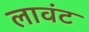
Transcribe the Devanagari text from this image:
लावंट